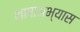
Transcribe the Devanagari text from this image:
भाषाअभ्यास